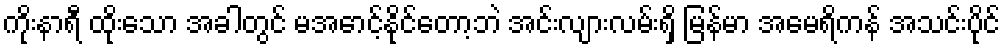
ကိုးနာရီ ထိုးသော အခါတွင် မအောင့်နိုင်တော့ဘဲ အင်းလျားလမ်းရှိ မြန်မာ အမေရိကန် အသင်းပိုင်